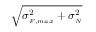
\sqrt { \sigma _ { { } _ { F , m a x } } ^ { 2 } + \sigma _ { { } _ { N } } ^ { 2 } }